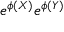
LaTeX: e ^ { \phi ( X ) } e ^ { \phi ( Y ) }